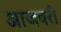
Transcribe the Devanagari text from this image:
आजवरी